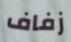
زفاف